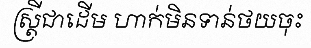
ស្ត្រីជាដើម ហាក់មិនទាន់ថយចុះ